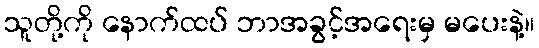
သူတို့ကို နောက်ထပ် ဘာအခွင့်အရေးမှ မပေးနဲ့။